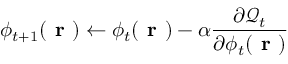
\phi _ { t + 1 } ( \textbf { r } ) \leftarrow \phi _ { t } ( \textbf { r } ) - \alpha \frac { \partial \mathcal { Q } _ { t } } { \partial \phi _ { t } ( \textbf { r } ) }